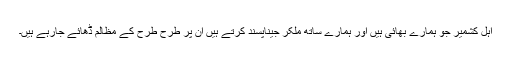
اہل کشمیر جو ہمارے بھائی ہیں اور ہمارے ساتھ ملکر جیناپسند کرتے ہیں ان پر طرح طرح کے مظالم ڈھائے جارہے ہیں۔